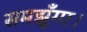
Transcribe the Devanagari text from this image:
समझूँगा।